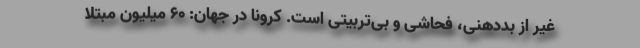
غیر از بددهنی، فحاشی و بی‌تربیتی است. کرونا در جهان: 60 میلیون مبتلا